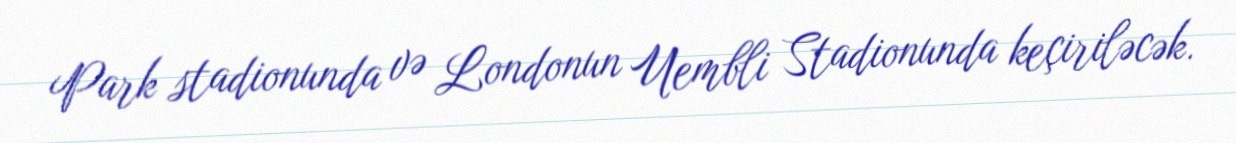
Park stadionunda və Londonun Uembli Stadionunda keçiriləcək.